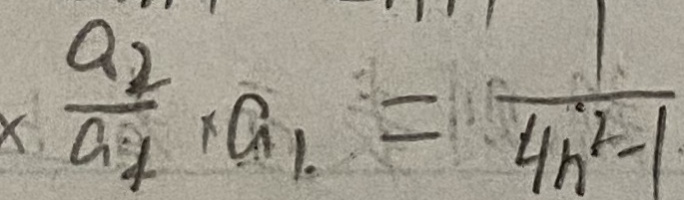
\times \frac { a _ { 2 } } { a _ { 1 } } \times a _ { 1 } . = \frac { 1 } { 4 n ^ { 2 } - 1 }